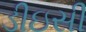
ડીઇસી